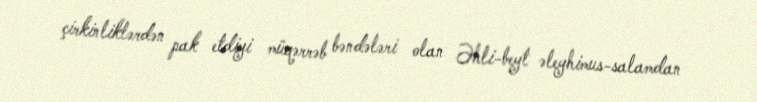
çirkinliklərdən pak etdiyi müqərrəb bəndələri olan Əhli-beyt əleyhimus-salamdan